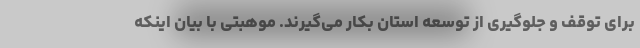
برای توقف و جلوگیری از توسعه استان بکار می‌گیرند. موهبتی با بیان اینکه